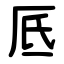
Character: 厎